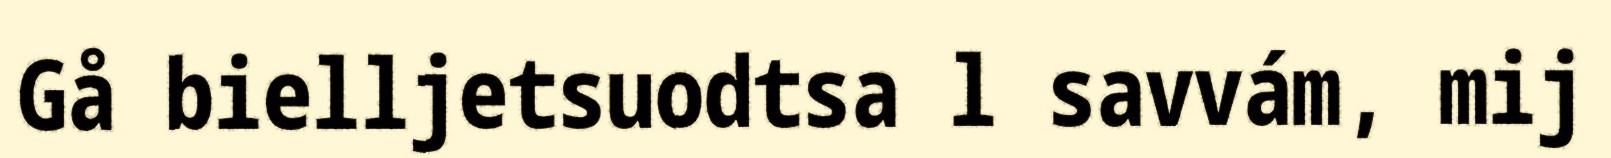
Gå bielljetsuodtsa l savvám, mij